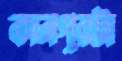
কানপুরটা